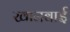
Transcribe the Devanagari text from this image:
खानबाई